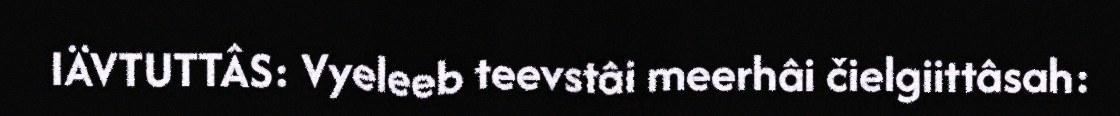
IÄVTUTTÂS: Vyeleeb teevstâi meerhâi čielgiittâsah: